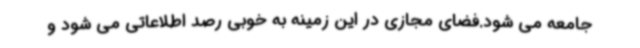
جامعه می شود.فضای مجازی در این زمینه به خوبی رصد اطلاعاتی می شود و